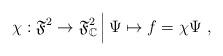
LaTeX: \begin{align*}\chi:\mathfrak{F}^2\rightarrow \mathfrak{F}^2_{\mathbb{C}} \, \Big| \, \Psi\mapsto f=\chi \Psi \ ,\end{align*}